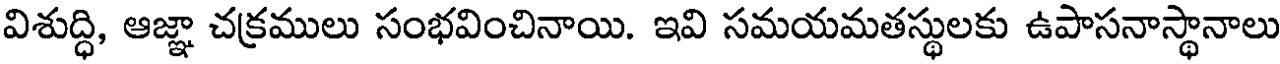
విశుద్ధి, ఆజ్ఞా చక్రములు సంభవించినాయి. ఇవి సమయమతస్థులకు ఉపాసనాస్థానాలు